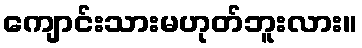
ကျောင်းသားမဟုတ်ဘူးလား။